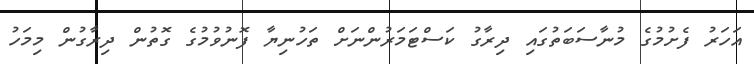
އަހަރު ފެށުމުގެ މުނާސަބަތުގައި ދިރާގު ކަސްޓަމަރުންނަށް ތަހުނިޔާ ފޮނުވުމުގެ ގޮތުން ދިރާގުން މިމަހު